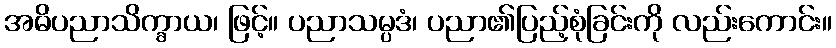
အဓိပညာသိက္ခာယ၊ ဖြင့်။ ပညာသမ္ပဒံ၊ ပညာ၏ပြည့်စုံခြင်းကို လည်းကောင်း။